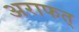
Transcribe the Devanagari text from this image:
अराफत्